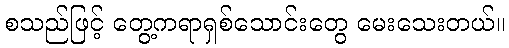
စသည်ဖြင့် တွေ့ကရာရှစ်သောင်းတွေ မေးသေးတယ်။